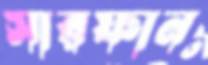
সারফান